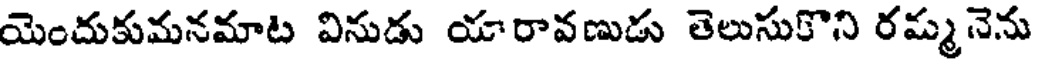
యెందుకుమనమాట వినుడు యారావణుడు తెలుసుకొని రమ్మనెను